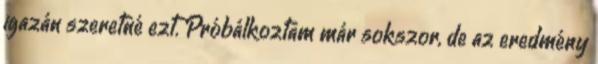
igazán szeretné ezt. Próbálkoztam már sokszor, de az eredmény